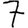
Digit: 7